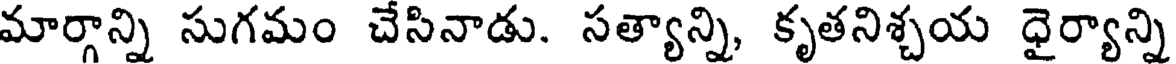
మార్గాన్ని సుగమం చేసినాడు. సత్యాన్ని, కృతనిశ్చయ ధైర్యాన్ని